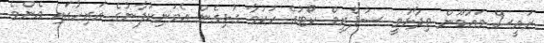
ރައީސް މައުމޫން ވިދާޅުވީ ސުޕްރީމް ކޯޓުގެ ހުކުމާ ގުޅިގެން އެމަނިކުފާނުގެ އަރިހުގައި އެންމެ